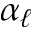
\alpha _ { \ell }